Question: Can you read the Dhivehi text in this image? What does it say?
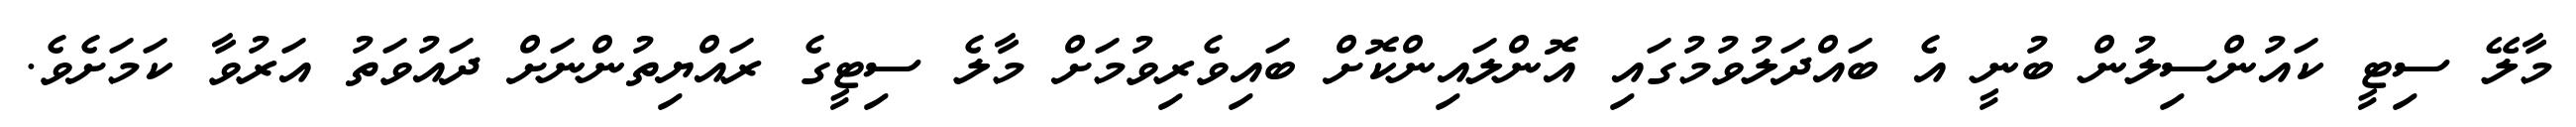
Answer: މާލޭ ސިޓީ ކައުންސިލުން ބުނީ އެ ބައްދަލުވުމުގައި އޮންލައިންކޮށް ބައިވެރިވުމަށް މާލެ ސިޓީގެ ރައްޔިތުންނަށް ދައުވަތު އަރުވާ ކަމަށެވެ.